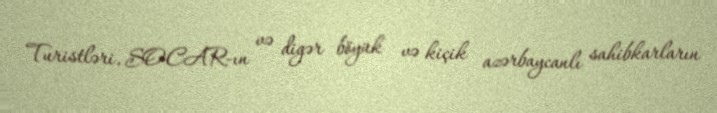
Turistləri, SOCAR-ın və digər böyük və kiçik azərbaycanlı sahibkarların